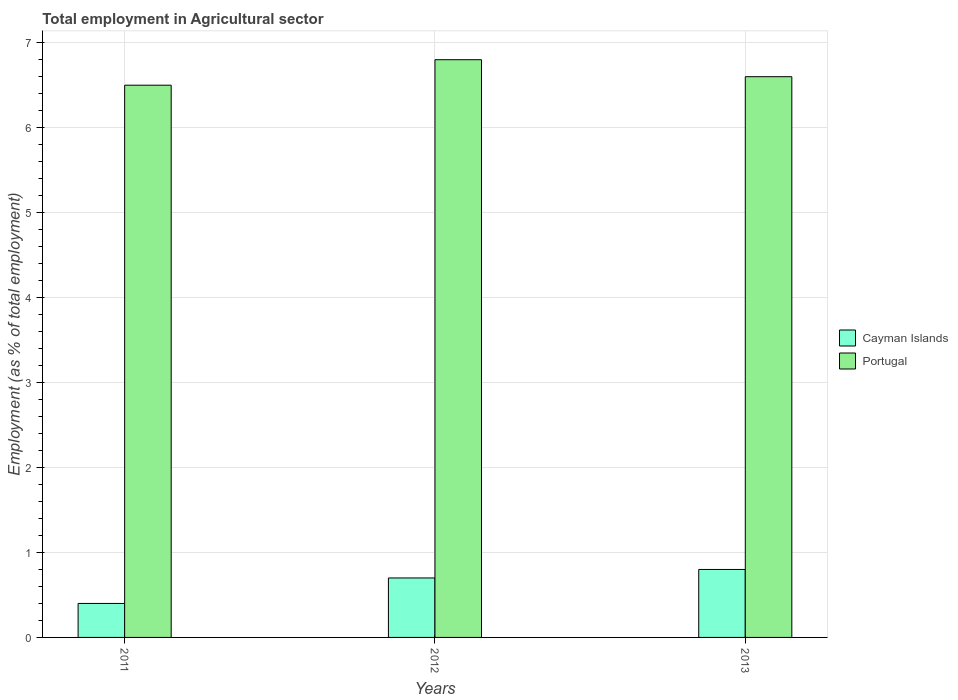
| Years | Cayman Islands | Portugal |
 | --- | --- | --- |
 | 2011 | 0.4 | 6.5 |
 | 2012 | 0.7 | 6.8 |
 | 2013 | 0.8 | 6.6 |